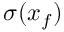
\sigma ( x _ { f } )